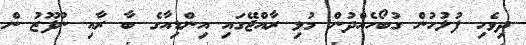
ދިވެހި ފުލުހުން ގުބޯހެއްދުން މުޅި ރާއްޖޭގައި އިންޑިއާގެ ބާ ރާއި ނުފޫޒު ން